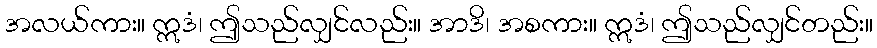
အလယ်ကား။ ဣဒံ၊ ဤသည်လျှင်လည်း။ အာဒိ၊ အစကား။ ဣဒံ၊ ဤသည်လျှင်တည်း။